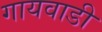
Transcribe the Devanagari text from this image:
गायवाडी